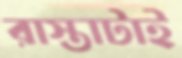
রাস্তাটাই